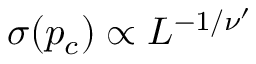
\sigma ( p _ { c } ) \propto L ^ { - 1 / \nu ^ { \prime } }